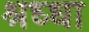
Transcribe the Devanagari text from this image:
श्रध्धा